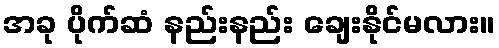
အခု ပိုက်ဆံ နည်းနည်း ချေးနိုင်မလား။